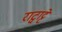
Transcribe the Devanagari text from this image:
राट्वाट्टे